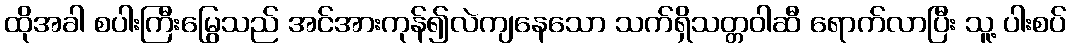
ထိုအခါ စပါးကြီးမြွေသည် အင်အားကုန်၍လဲကျနေသော သက်ရှိသတ္တဝါဆီ ရောက်လာပြီး သူ့ ပါးစပ်